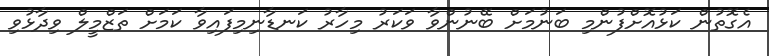
އެގޮތުން ކަޅުއޮށްފުންމި ބަނުމަށް ބޭނުންވާ ވަކަރު މިހާރު ކަނޑާނިމިފައިވާ ކަމަށް ތަޒްމީލް ވިދާޅުވި